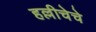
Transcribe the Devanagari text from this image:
हल्लीचेचे